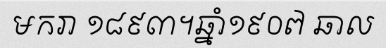
មករា ១៨៩៣។ឆ្នាំ១៩០៧ ឆាល